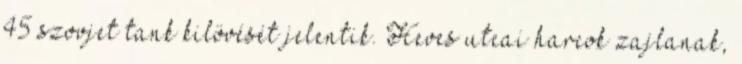
45 szovjet tank kilövését jelentik. Heves utcai harcok zajlanak,